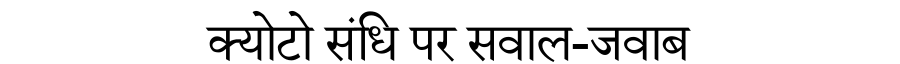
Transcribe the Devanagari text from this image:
क्योटो संधि पर सवाल-जवाब